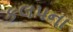
કલપના